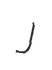
J